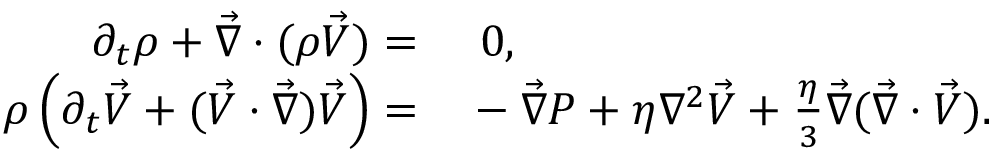
\begin{array} { r l } { \partial _ { t } \rho + \vec { \nabla } \cdot ( \rho \vec { V } ) = } & { { } \, \, 0 , } \\ { \rho \left( \partial _ { t } \vec { V } + ( \vec { V } \cdot \vec { \nabla } ) \vec { V } \right) = } & { { } - \vec { \nabla } P + \eta \nabla ^ { 2 } \vec { V } + \frac { \eta } { 3 } \vec { \nabla } ( \vec { \nabla } \cdot \vec { V } ) . } \end{array}